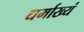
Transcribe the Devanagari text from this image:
धर्माख्यं